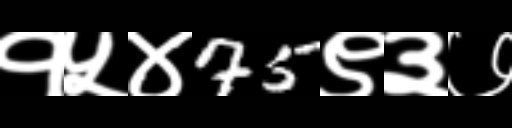
Text: १५४75९३७